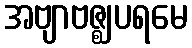
အဗျာဗဇ္ဈပရမေ